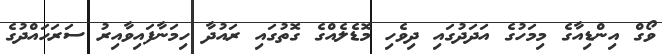
ވޯގް އިންޑިއާގެ މިމަހުގެ އަދަދުގައި ދިވެހި މޮޑެލެއްގެ ގޮތުގައި ރައުދާ ހިމަނާފައިވާއިރު ސަރަހައްދުގެ